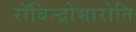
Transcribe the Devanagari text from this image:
रॉबिन्द्रोभारोति